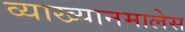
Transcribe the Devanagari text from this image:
व्याख्यानमालेस